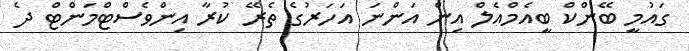
ގައުމީ ބޭންކް ބީއެމްއެލް އިން އަންނަ އަހަރުގެ ތެރޭ ކުރާ އިންވެސްޓްމަންޓް ދެ